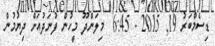
ޑިސެމްބަރު 19